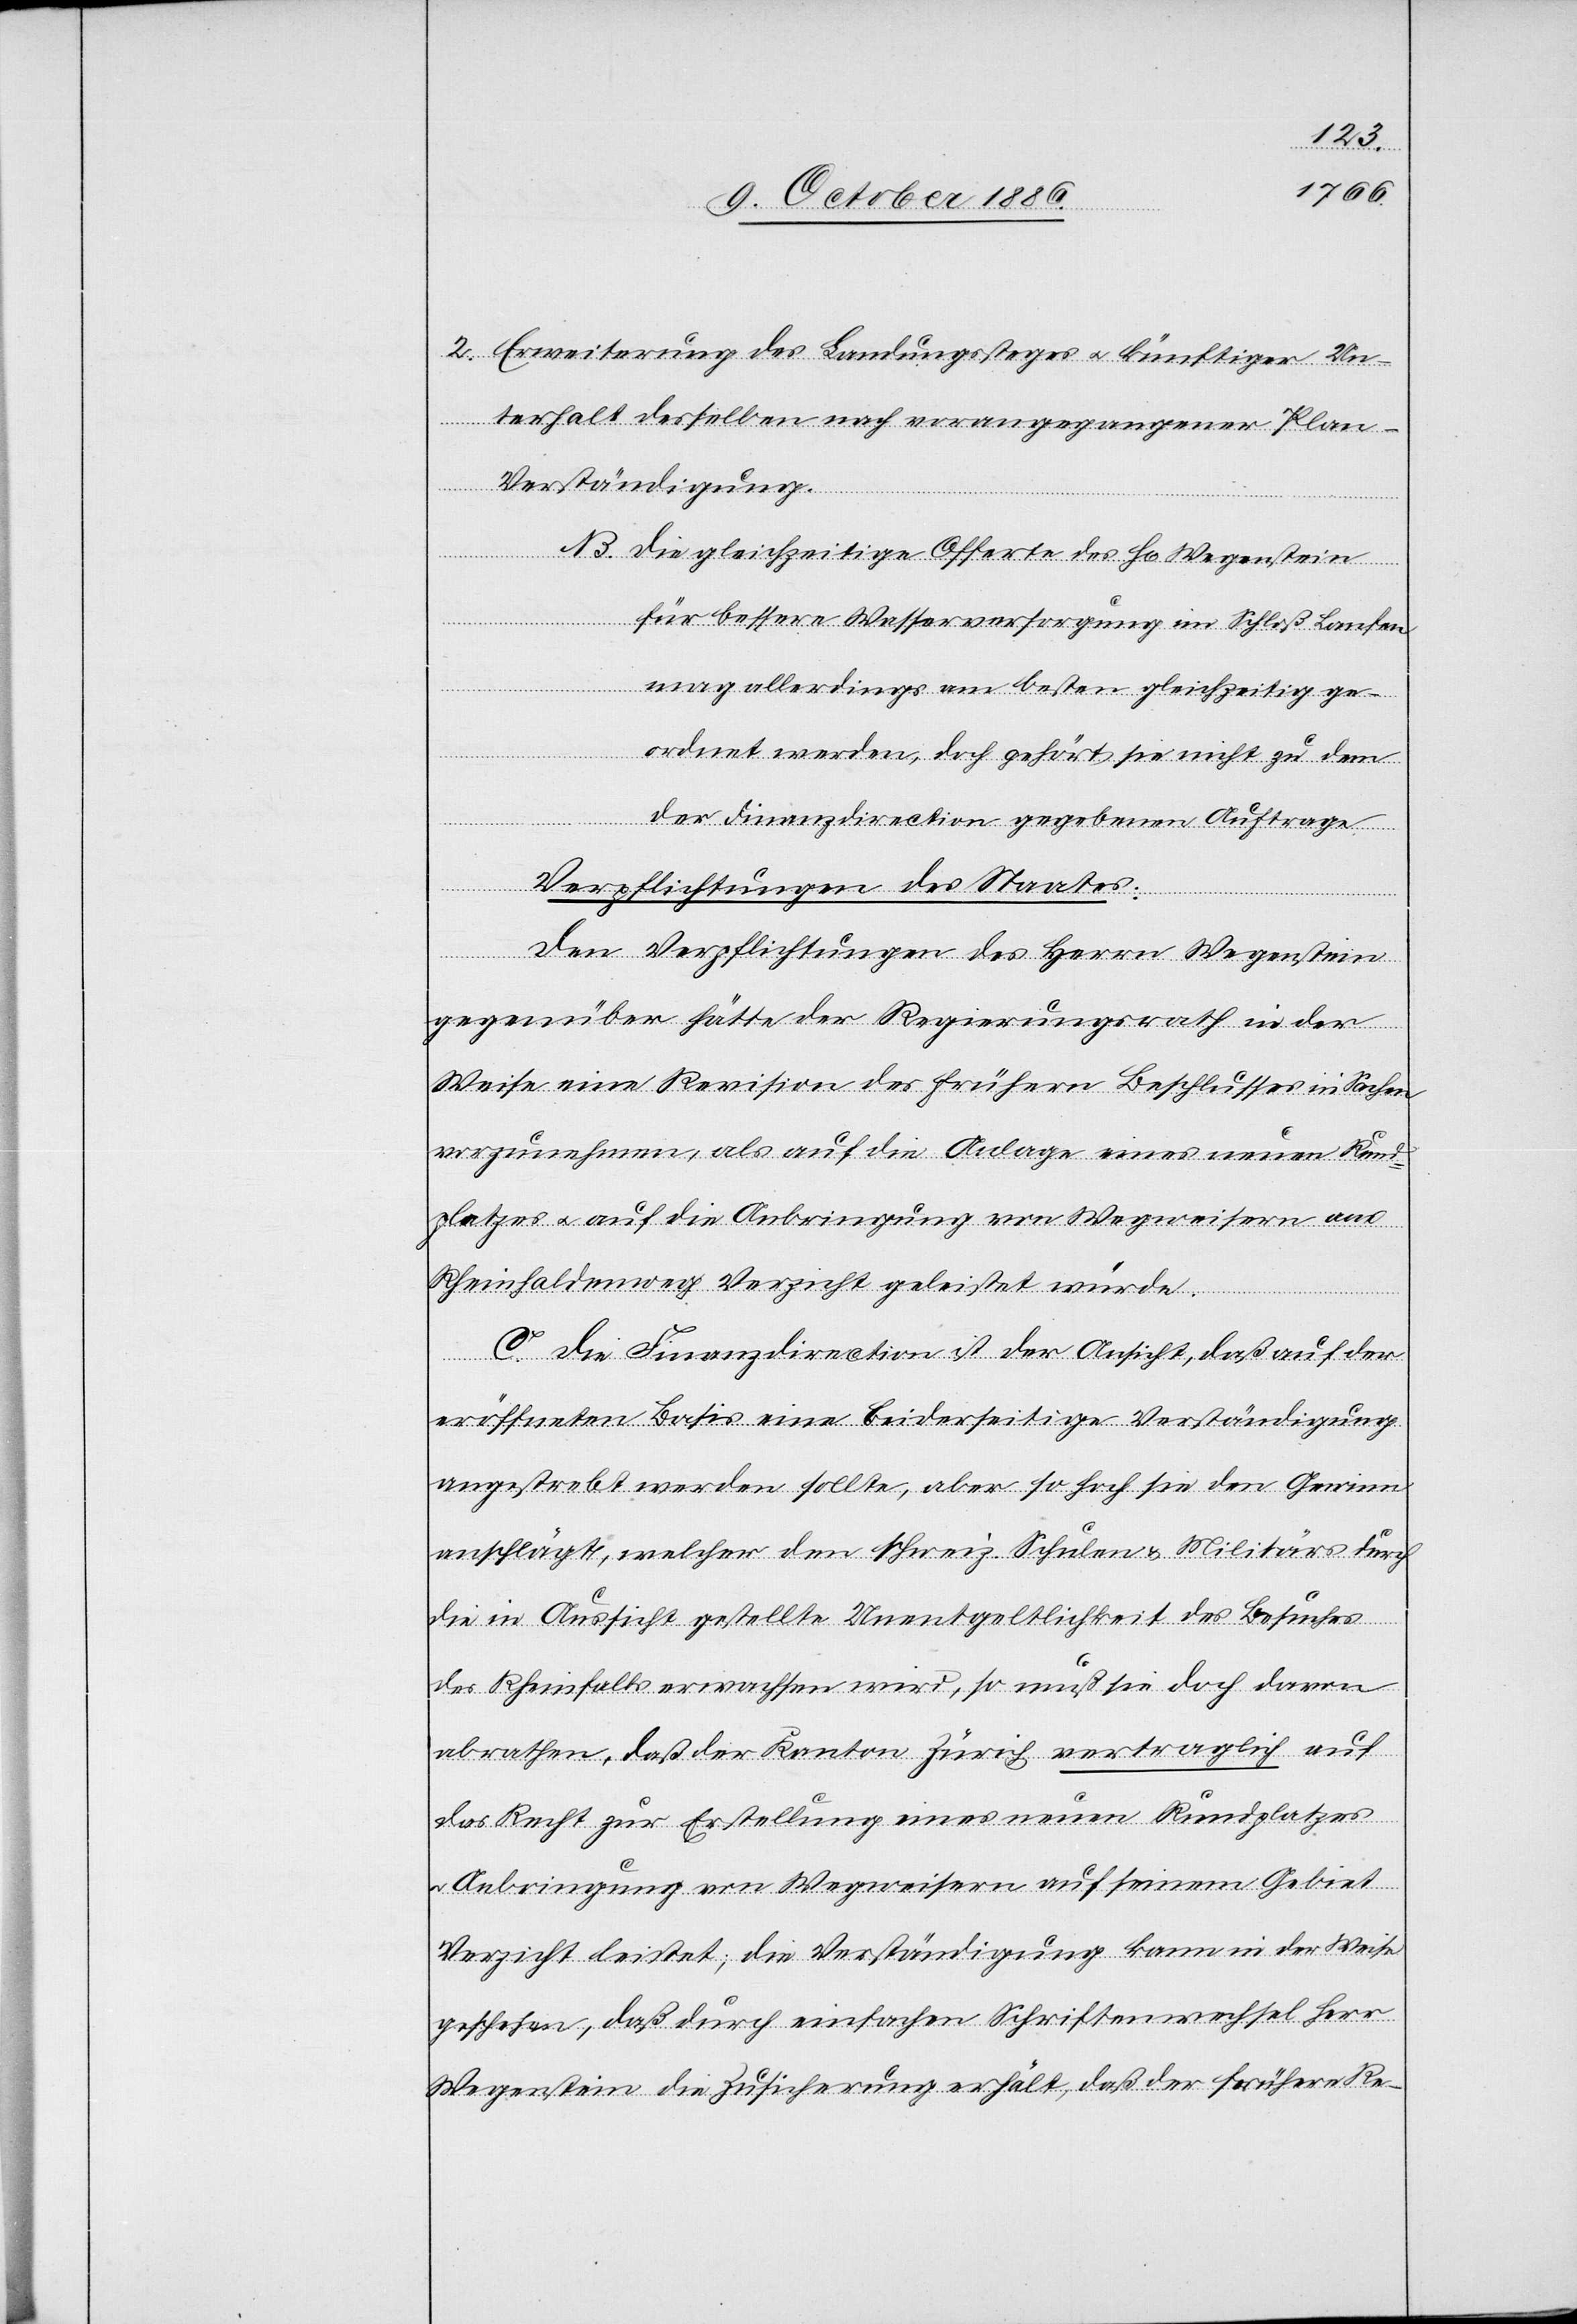
2. Erweiterung des Landungssteges & künftiger Un¬
terhalt desselben nach vorangegangener Plan-V¬
erständigung.
B. Die gleichzeitige Offerte des H[errn] Wegenstein
für bessere Wasserversorgung im Schloß Laufen
mag allerdings am besten gleichzeitig ge¬
ordnet werden, doch gehört sie nicht zu dem
der Finanzdirection gegebenen Auftrage.
Verpflichtungen des Staates:
Den Verpflichtungen des Herrn Wegenstein
gegenüber hätte der Regierungsrath in der
Weise eine Revision des frühern Beschlusses in Sachen
vorzunehmen, als auf die Anlage eines neuen Rund¬
platzes & auf die Anbringung von Wegweisern am
Rheinhaldenweg Verzicht geleistet würde.
C. Die Finanzdirection ist der Ansicht, daß auf der
eröffneten Basis eine beiderseitige Verständigung
angestrebt werden sollte, aber so hoch sie den Gewinn
anschlägt, welcher den schweiz. Schulen & Militärs durch
die in Aussicht gestellte Unentgeltlichkeit des Besuches
des Rheinfalls erwachsen wird, so muß sie doch davon
abrathen, daß der Kanton Zürich vertraglich auf
das Recht zur Erstellung eines neuen Rundplatzes
Anbringung von Wegweisern auf seinem Gebiet
Verzicht leistet; die Verständigung kann in der Weise
geschehen, daß durch einfachen Schriftenwechsel Herr
Wegenstein die Zusicherung erhält, daß der frühere Re-